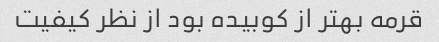
قرمه بهتر از کوبیده بود از نظر کیفیت